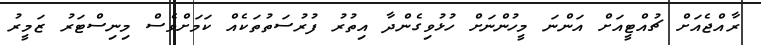
ރާއްޖެއަށް ޗުއްޓީއަށް އަންނަ މީހުންނަށް ހުޅުވިގެންދާ އިތުރު ފުރުސަތުތަކެއް ކަމަށްވެސް މިނިސްޓަރު ޒަމީރު